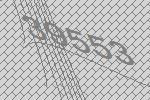
39553